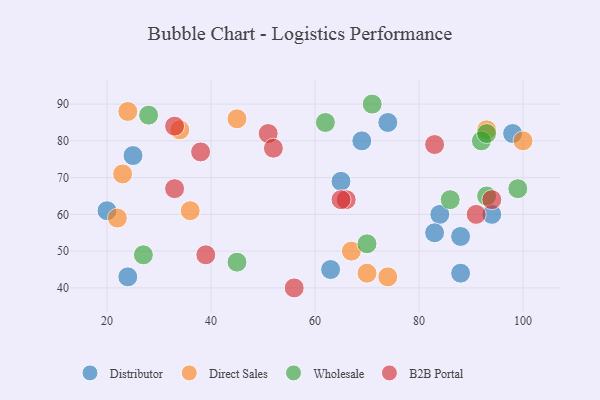
{"axis": {"x": "GDP", "y": "Life Expectancy"}, "legend": ["B2B Portal", "Direct Sales", "Distributor", "Wholesale"], "data": [{"x": "65", "y": 69, "type": "Distributor"}, {"x": "69", "y": 80, "type": "Distributor"}, {"x": "84", "y": 60, "type": "Distributor"}, {"x": "20", "y": 61, "type": "Distributor"}, {"x": "24", "y": 43, "type": "Distributor"}, {"x": "98", "y": 82, "type": "Distributor"}, {"x": "88", "y": 54, "type": "Distributor"}, {"x": "83", "y": 55, "type": "Distributor"}, {"x": "74", "y": 85, "type": "Distributor"}, {"x": "88", "y": 44, "type": "Distributor"}, {"x": "63", "y": 45, "type": "Distributor"}, {"x": "94", "y": 60, "type": "Distributor"}, {"x": "25", "y": 76, "type": "Distributor"}, {"x": "70", "y": 44, "type": "Direct Sales"}, {"x": "22", "y": 59, "type": "Direct Sales"}, {"x": "67", "y": 50, "type": "Direct Sales"}, {"x": "24", "y": 88, "type": "Direct Sales"}, {"x": "36", "y": 61, "type": "Direct Sales"}, {"x": "74", "y": 43, "type": "Direct Sales"}, {"x": "93", "y": 83, "type": "Direct Sales"}, {"x": "100", "y": 80, "type": "Direct Sales"}, {"x": "45", "y": 86, "type": "Direct Sales"}, {"x": "23", "y": 71, "type": "Direct Sales"}, {"x": "34", "y": 83, "type": "Direct Sales"}, {"x": "71", "y": 90, "type": "Wholesale"}, {"x": "92", "y": 80, "type": "Wholesale"}, {"x": "93", "y": 82, "type": "Wholesale"}, {"x": "93", "y": 65, "type": "Wholesale"}, {"x": "28", "y": 87, "type": "Wholesale"}, {"x": "99", "y": 67, "type": "Wholesale"}, {"x": "27", "y": 49, "type": "Wholesale"}, {"x": "70", "y": 52, "type": "Wholesale"}, {"x": "45", "y": 47, "type": "Wholesale"}, {"x": "86", "y": 64, "type": "Wholesale"}, {"x": "62", "y": 85, "type": "Wholesale"}, {"x": "66", "y": 64, "type": "B2B Portal"}, {"x": "51", "y": 82, "type": "B2B Portal"}, {"x": "83", "y": 79, "type": "B2B Portal"}, {"x": "56", "y": 40, "type": "B2B Portal"}, {"x": "65", "y": 64, "type": "B2B Portal"}, {"x": "39", "y": 49, "type": "B2B Portal"}, {"x": "94", "y": 64, "type": "B2B Portal"}, {"x": "33", "y": 84, "type": "B2B Portal"}, {"x": "33", "y": 67, "type": "B2B Portal"}, {"x": "38", "y": 77, "type": "B2B Portal"}, {"x": "52", "y": 78, "type": "B2B Portal"}, {"x": "91", "y": 60, "type": "B2B Portal"}]}